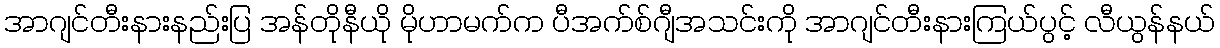
အာဂျင်တီးနားနည်းပြ အန်တိုနီယို မိုဟာမက်က ပီအက်စ်ဂျီအသင်းကို အာဂျင်တီးနားကြယ်ပွင့် လီယွန်နယ်